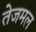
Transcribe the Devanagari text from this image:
तेजमल